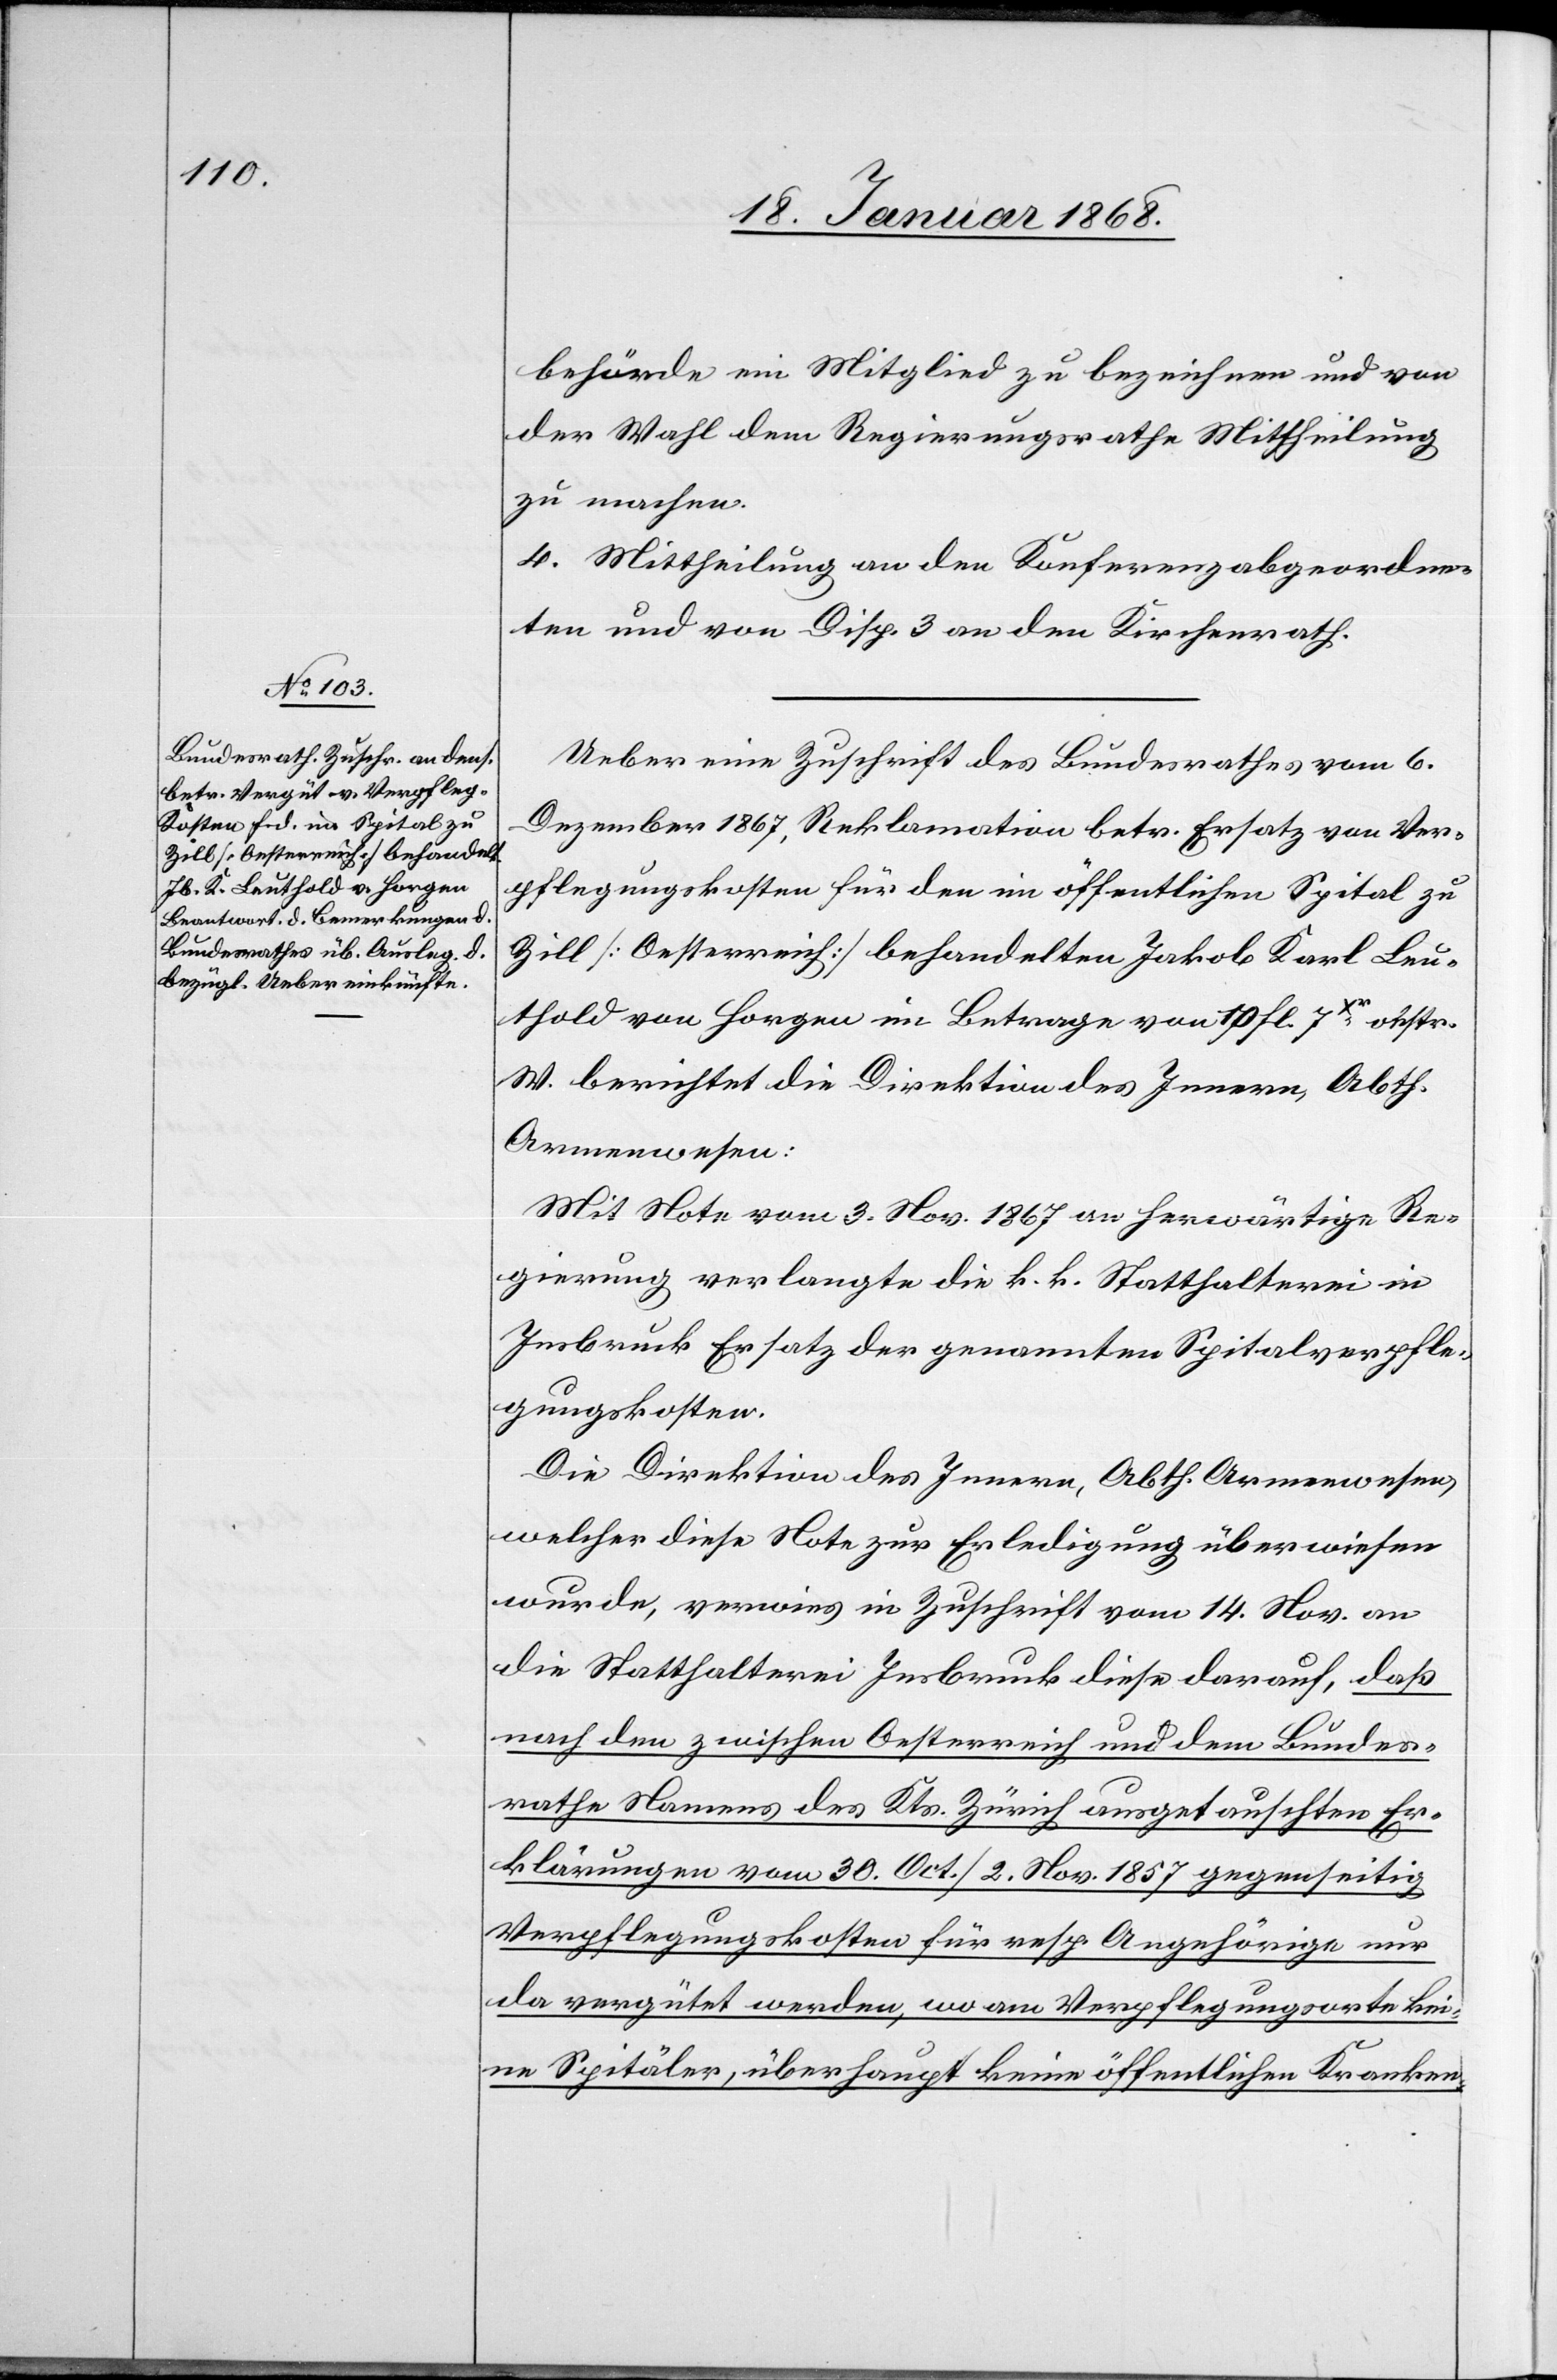
behörde ein Mitglied zu bezeichnen und von
der Wahl dem Regierungsrathe Mittheilung
zu machen.
4. Mittheilung an den Konferenzabgeordne¬
ten und von Disp. 3 an den Kirchenrath.
Ueber eine Zuschrift des Bundesrathes vom 6.
Dezember 1867, Reklamation betr. Ersatz von Ver¬
pflegungskosten für den im öffentlichen Spital zu
Zill [Oesterreich] behandelten Jakob Karl Leu¬
thold von Horgen im Betrage von 10 fl. 7Xr. oestr.
W. berichtet die Direktion des Innern, Abth.
Armenwesen:
Mit Note vom 3. Nov. 1867 an herwärtige Re¬
gierung verlangte die k. k. Statthalterei in
Insbruck Ersatz der genannten Spitalverpfle¬
gungskosten.
Die Direktion des Innern, Abth. Armenwesen,
welcher diese Note zur Erledigung überwiesen
wurde, verwies in Zuschrift vom 14. Nov. an
die Statthalterei Insbruck diese darauf, daß
nach den zwischen Oesterreich und dem Bundes¬
rathe Namens des Kts. Zürich ausgetauschten Er¬
klärungen vom 30. Oct. / 2. Nov. 1857 gegenseitig
Verpflegungskosten für resp. Angehörige nur
da vergütet werden, wo am Verpflegungsorte kei¬
ne Spitäler, überhaupt keine öffentlichen Kranken-